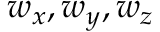
w _ { x } , w _ { y } , w _ { z }